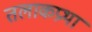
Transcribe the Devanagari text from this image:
तलाकप्रथा